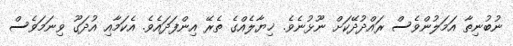
ނުބުނިތާ އަމަލުންވެސް ރައްދުދޭކަށް ނޫޅުނެވެ. ޚިޔާލެއްގެ ތެރޭ އިންފަދައެވެ. އެކަމާއި އުދަގޫ ވިނަމަވެސް